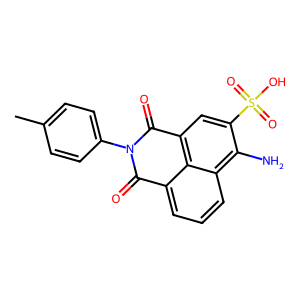
SMILES: Cc1ccc(N2C(=O)c3cccc4c(N)c(S(=O)(=O)O)cc(c34)C2=O)cc1
Inhibits HIV replication: No